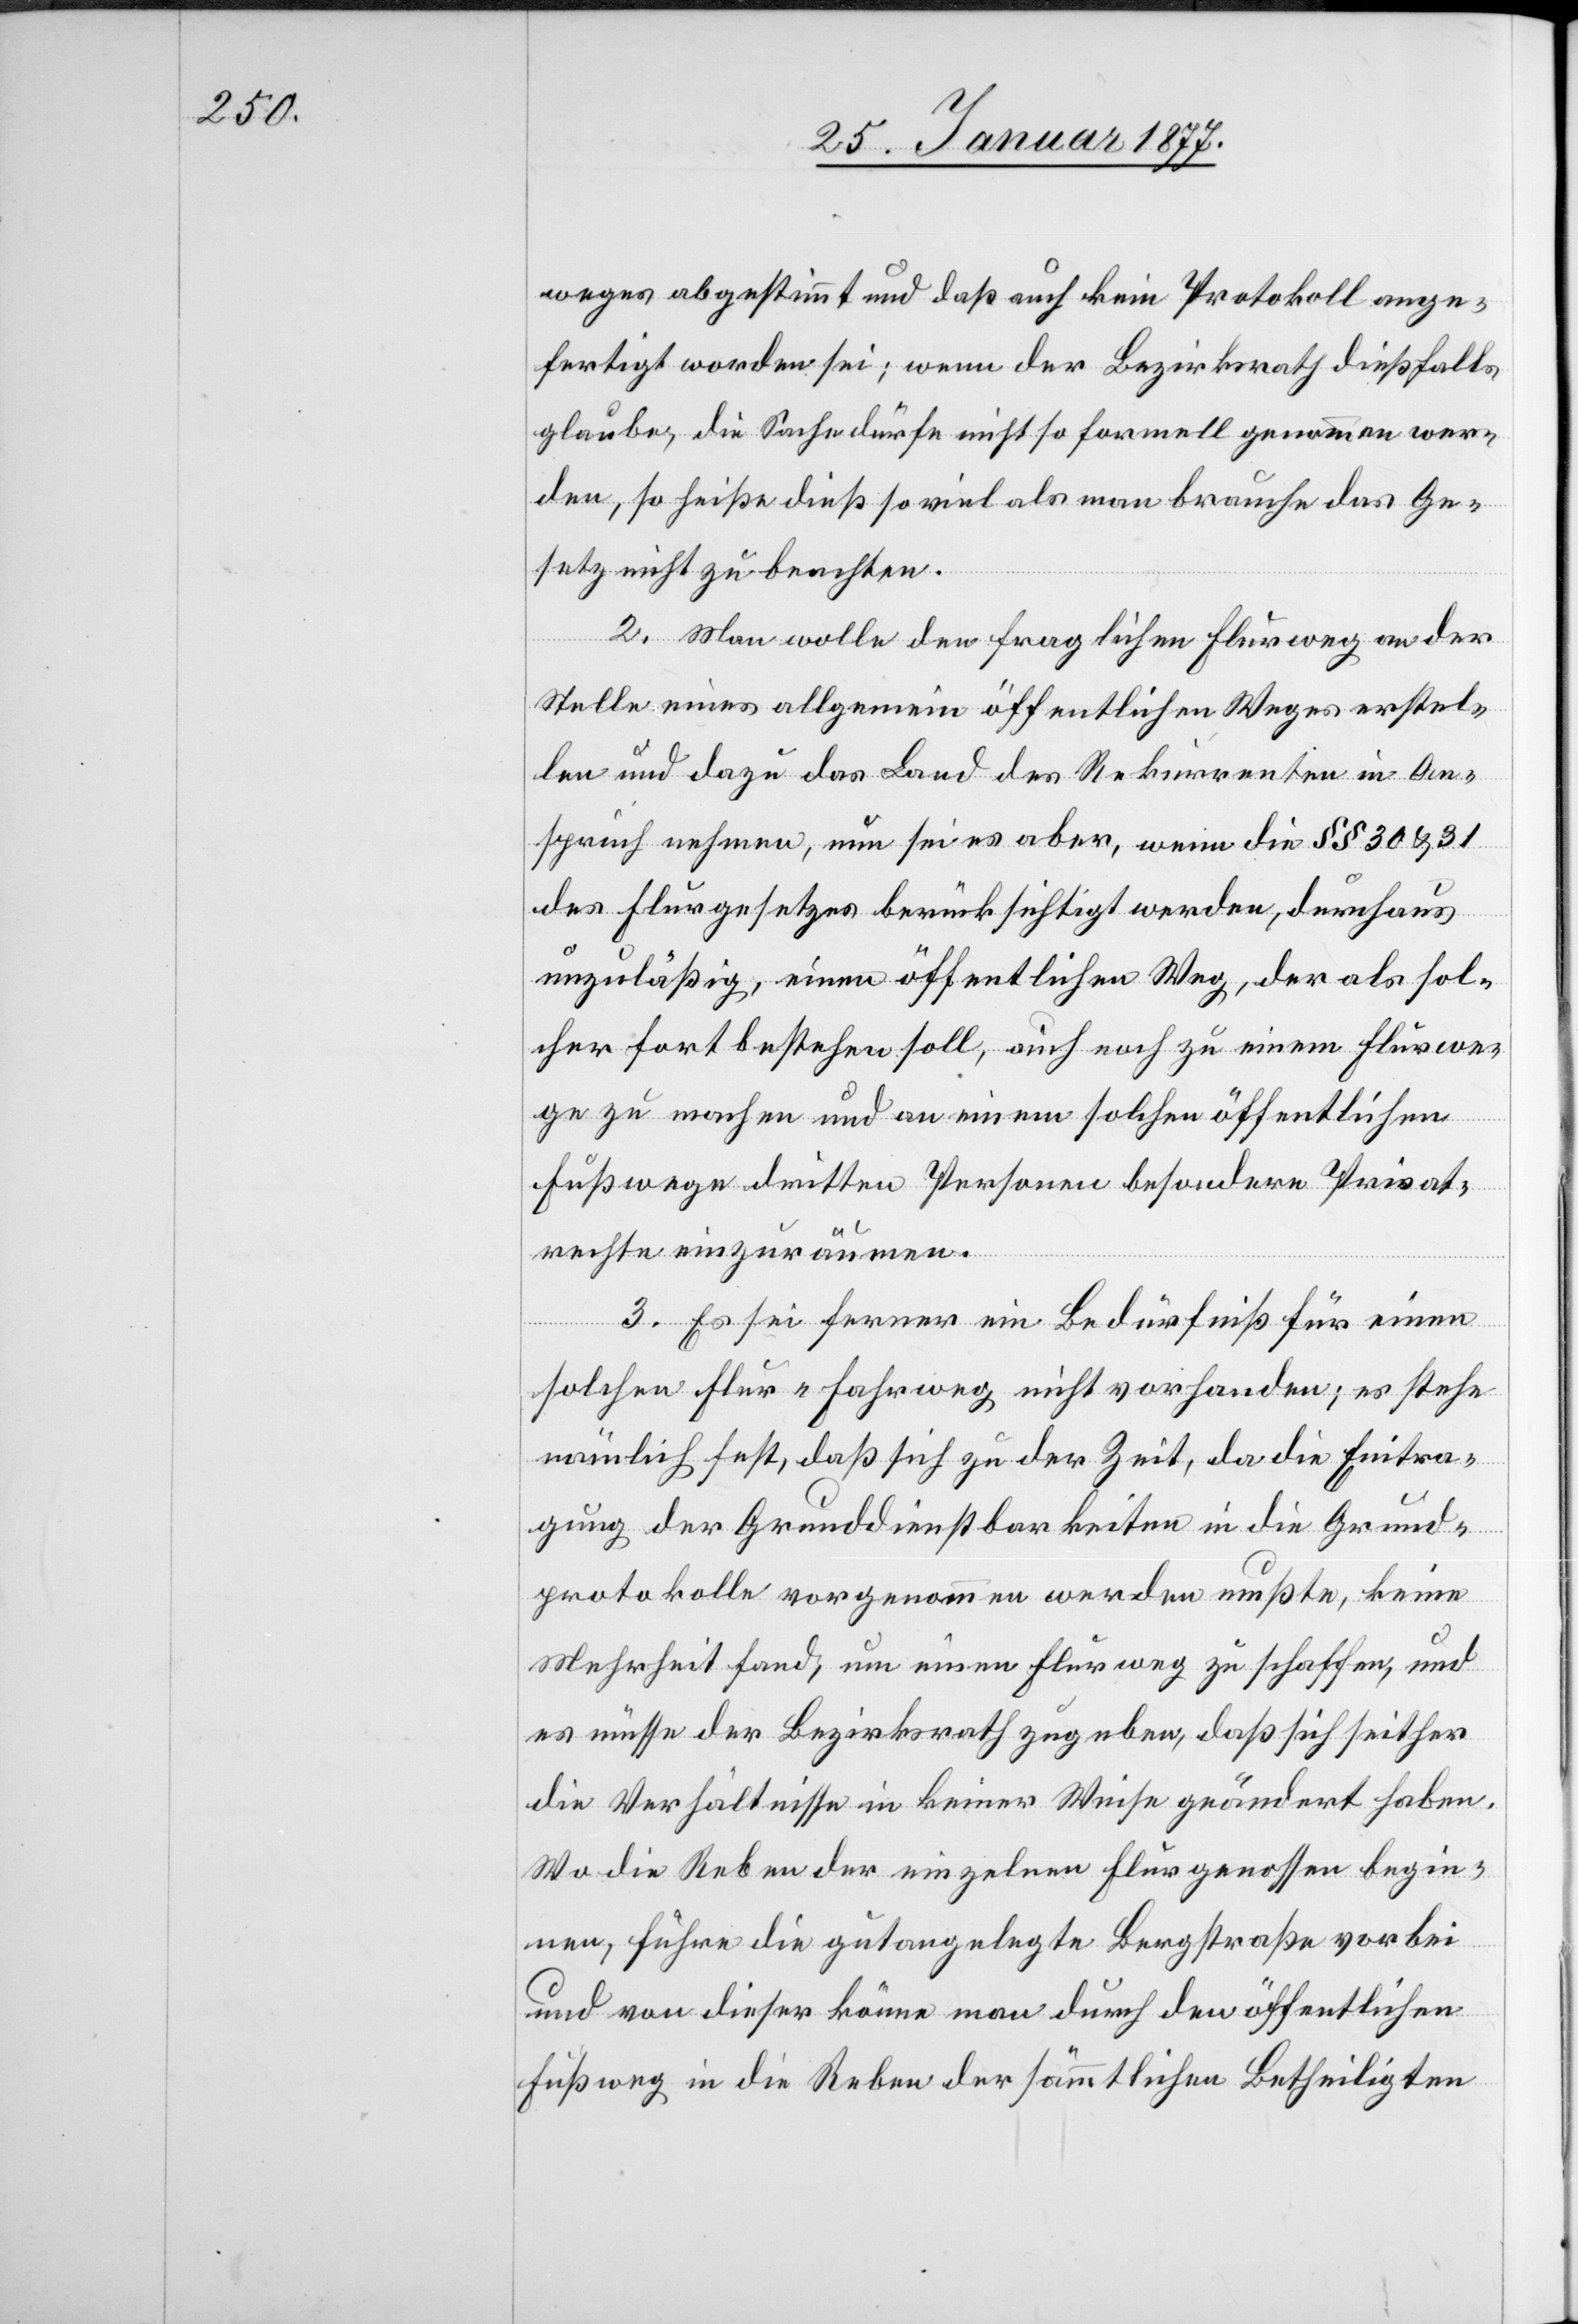
weges abgestimmt und daß auch kein Protokoll ange¬
fertigt worden sei; wenn der Bezirksrath dießfalls
glaube, die Sache dürfe nicht so formell genommen wer¬
den, so heiße dieß so viel als man brauche das Ge¬
setz nicht zu beachten.
2. Man wolle den fraglichen Flurweg an der
Stelle eines allgemeinen öffentlichen Weges erstel¬
len und dazu das Land des Rekurrenten in An¬
spruch nehmen, nun sei es aber, wenn die §§ 30 & 31
des Flurgesetzes berücksichtigt werden, durchaus
unzuläßig, einen öffentlichen Weg, der als sol¬
cher fortbestehen soll, auch noch zu einem Flurwe¬
g zu machen und an einem solchen öffentlichen
Fußweg dritten Personen besondere Privat¬
rechte einzuräumen.
3. Es sei ferner ein Bedürfniß für einen
solchen Flur-Fahrweg nicht vorhanden; es stehe
nämlich fest, daß sich zu der Zeit, da die Eintra¬
gung der Grunddienstbarkeiten in die Grund¬
protokolle vorgenommen werden mußte, keine
Mehrheit fand, um einen Flurweg zu schaffen, und
es müsse der Bezirksrath zugeben, daß sich seither
die Verhältnisse in keiner Weise geändert haben.
Wo die Reben der einzelnen Flurgenossen begin¬
nen, führe die gutangelegte Bergstraße vorbei
und von dieser könne man durch den öffentlichen
Fußweg in die Reben der sämmtlichen Betheiligten